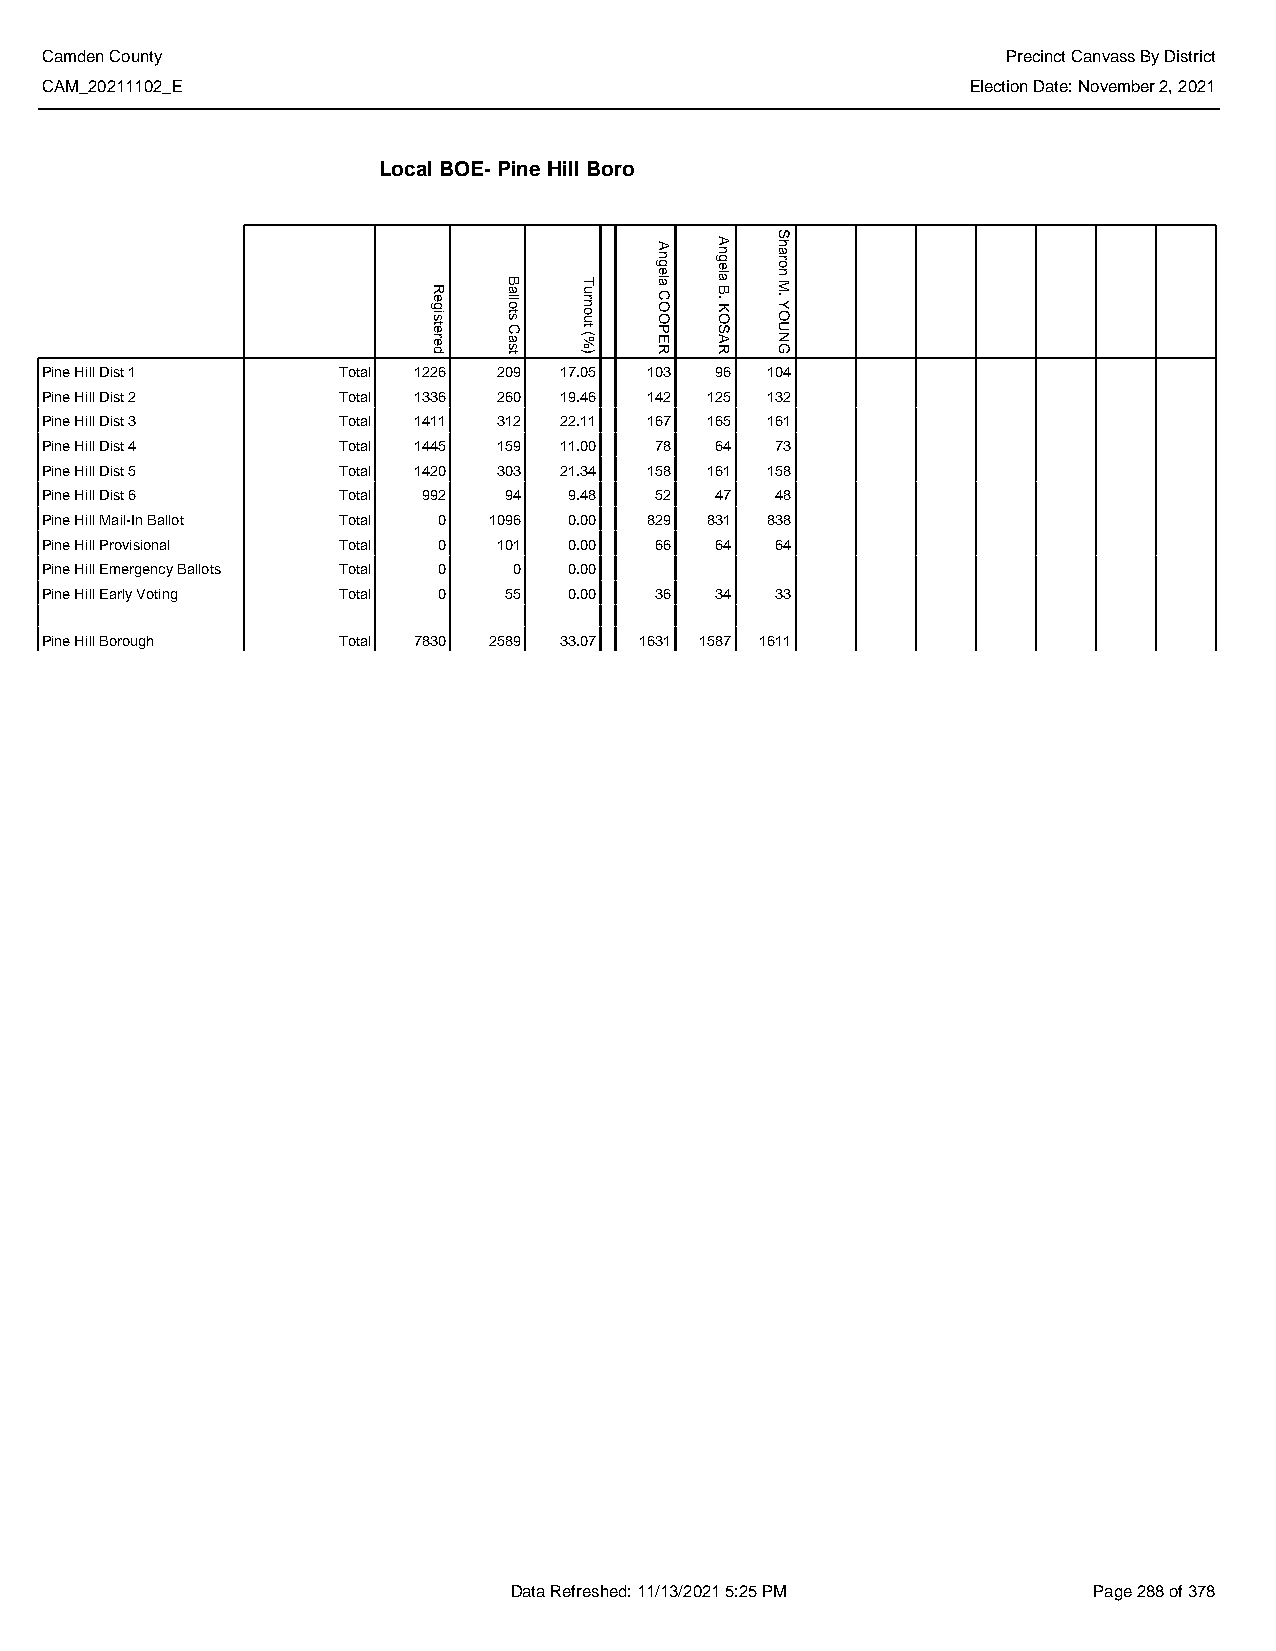
Camden County                                                   Precinct Canvass By District
 CAM_20211102_E                                               Election Date: November 2, 2021
 Local BOE- Pine Hill Boro
 Pine Hill Dist 1   Total 1226 209 17.05 103 96  104
 Pine Hill Dist 2   Total 1336 260 19.46 142 125 132
 Pine Hill Dist 3   Total 1411 312 22.11 167 165 161
 Pine Hill Dist 4   Total 1445 159 11.00 78  64  73
 Pine Hill Dist 5   Total 1420 303 21.34 158 161 158
 Pine Hill Dist 6   Total 992  94   9.48 52  47  48
 Pine Hill Mail-In Ballot Total 0 1096 0.00 829 831 838
 Pine Hill Provisional Total 0 101  0.00 66  64  64
 Pine Hill Emergency Ballots Total 0 0 0.00
 Pine Hill Early Voting Total 0 55  0.00 36  34  33
 Pine Hill Borough  Total 7830 2589 33.07 1631 1587 1611
 Data Refreshed: 11/13/2021 5:25 PM    Page 288 of 378
 Registered Ballots
 Cast
 Turnout
 (%)
 Angela
 COOPER
 Angela
 B.
 KOSAR
 Sharon
 M.
 YOUNG